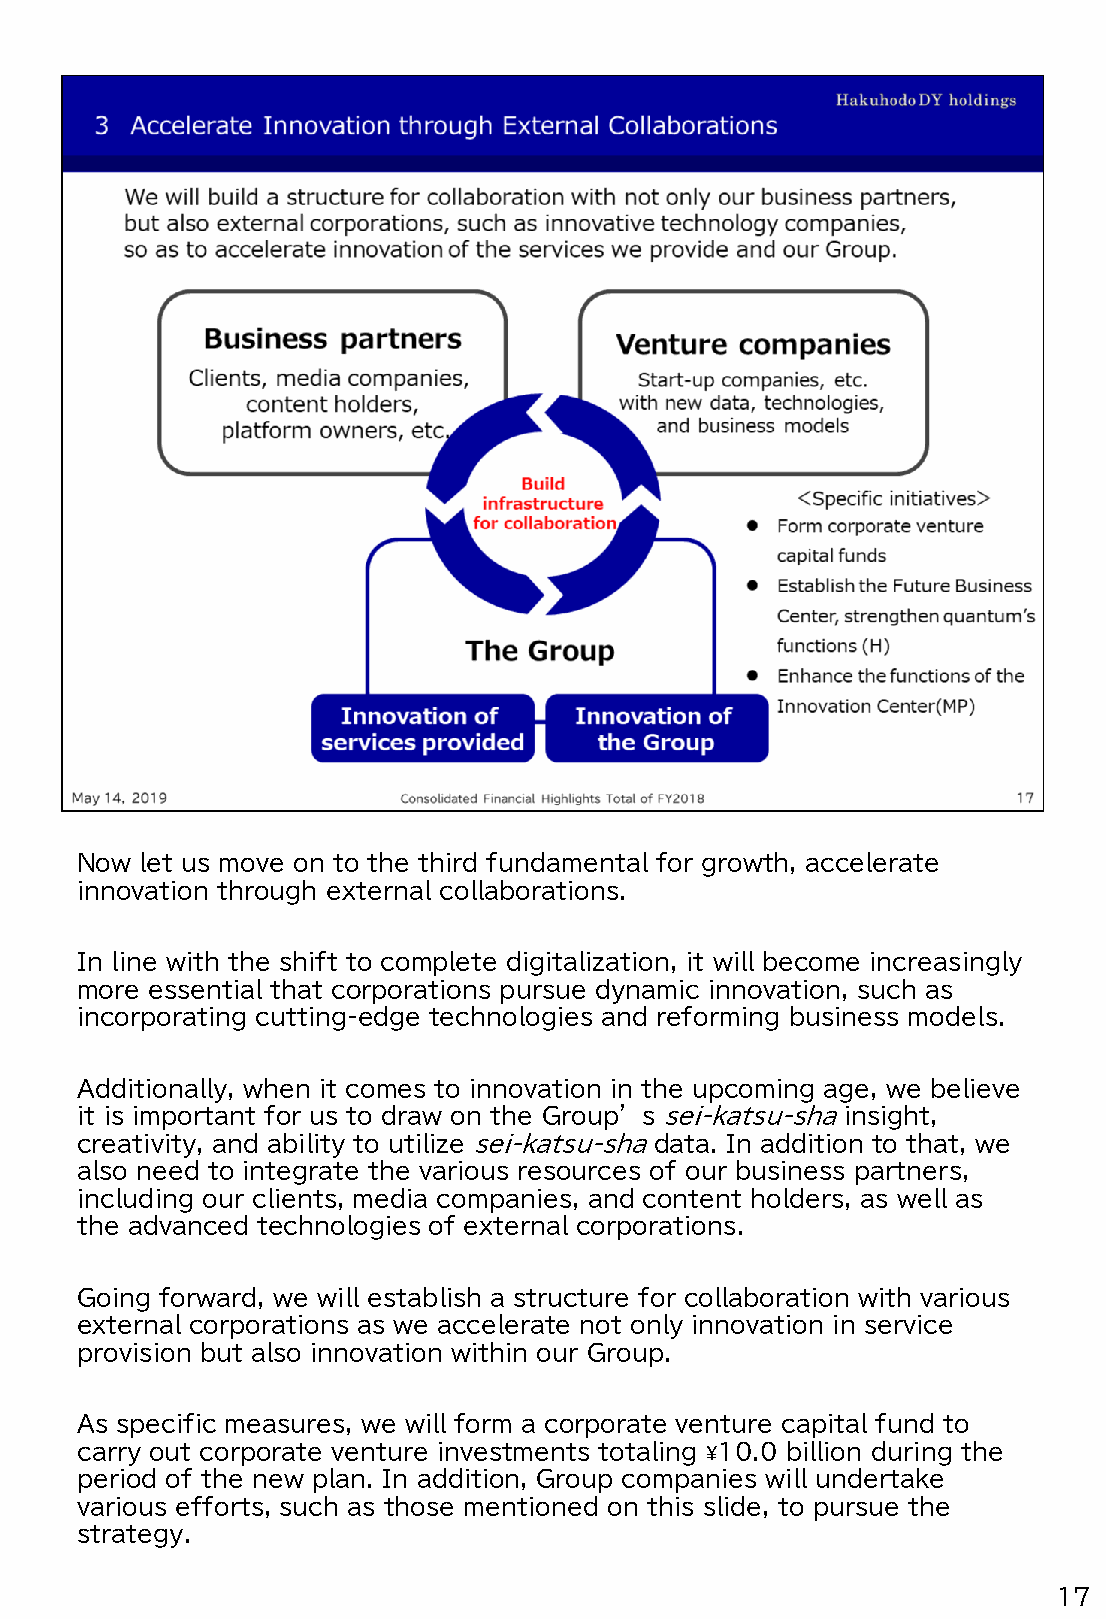
Now let us move on to the third fundamental for growth, accelerate
 innovation through external collaborations.
 In line with the shift to complete digitalization, it will become increasingly
 more essential that corporations pursue dynamic innovation, such as
 incorporating cutting-edge technologies and reforming business models.
 Additionally, when it comes to innovation in the upcoming age, we believe
 it is important for us to draw on the Group’s sei-katsu-shainsight,
 creativity, and ability to utilize sei-katsu-shadata. In addition to that, we
 also need to integrate the various resources of our business partners,
 including our clients, media companies, and content holders, as well as
 the advanced technologies of external corporations.
 Going forward, we will establish a structure for collaboration with various
 external corporations as we accelerate not only innovation in service
 provision but also innovation within our Group.
 As specific measures, we will form a corporate venture capital fund to
 carry out corporate venture investments totaling ¥10.0 billion during the
 period of the new plan. In addition, Group companies will undertake
 various efforts, such as those mentioned on this slide, to pursue the
 strategy.
 17